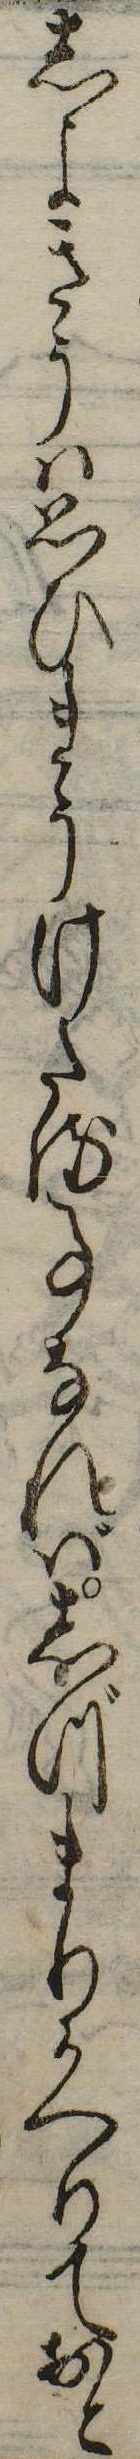
しよきうは思ひまうけたる事なればしづまりかへりておと